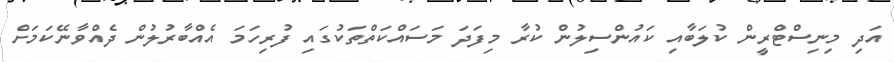
އަދި މިނިސްޓްރީން ކުލަބާއި ކައުންސިލުން ކުރާ މިފަދަ މަސައްކަތްތަކުގައި ފުރިހަމަ އެއްބާރުލުން ދެއްވާނޭކަމަށް